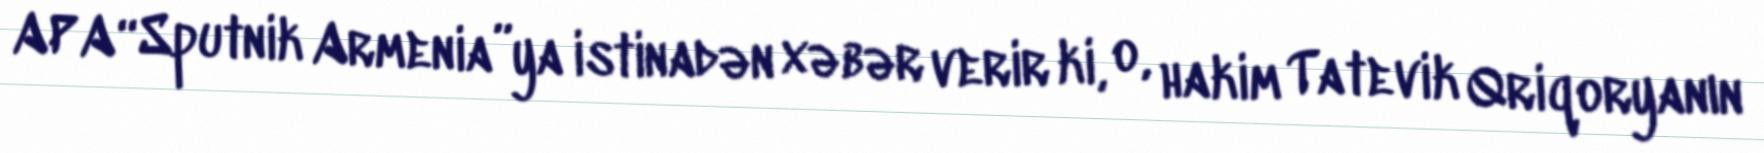
APA “Sputnik Armenia”ya istinadən xəbər verir ki, o, hakim Tatevik Qriqoryanın